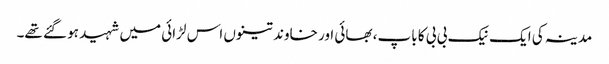
مدینہ کی ایک نیک بی بی کا باپ، بھائی اور خاوند تینوں اس لڑائی میں شہید ہو گئے تھے۔